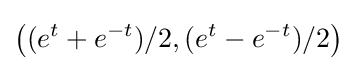
\left((e^{t}+e^{-t})/2,(e^{t}-e^{-t})/2\right)